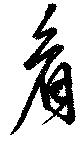
看